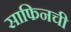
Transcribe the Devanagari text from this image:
साफिनची